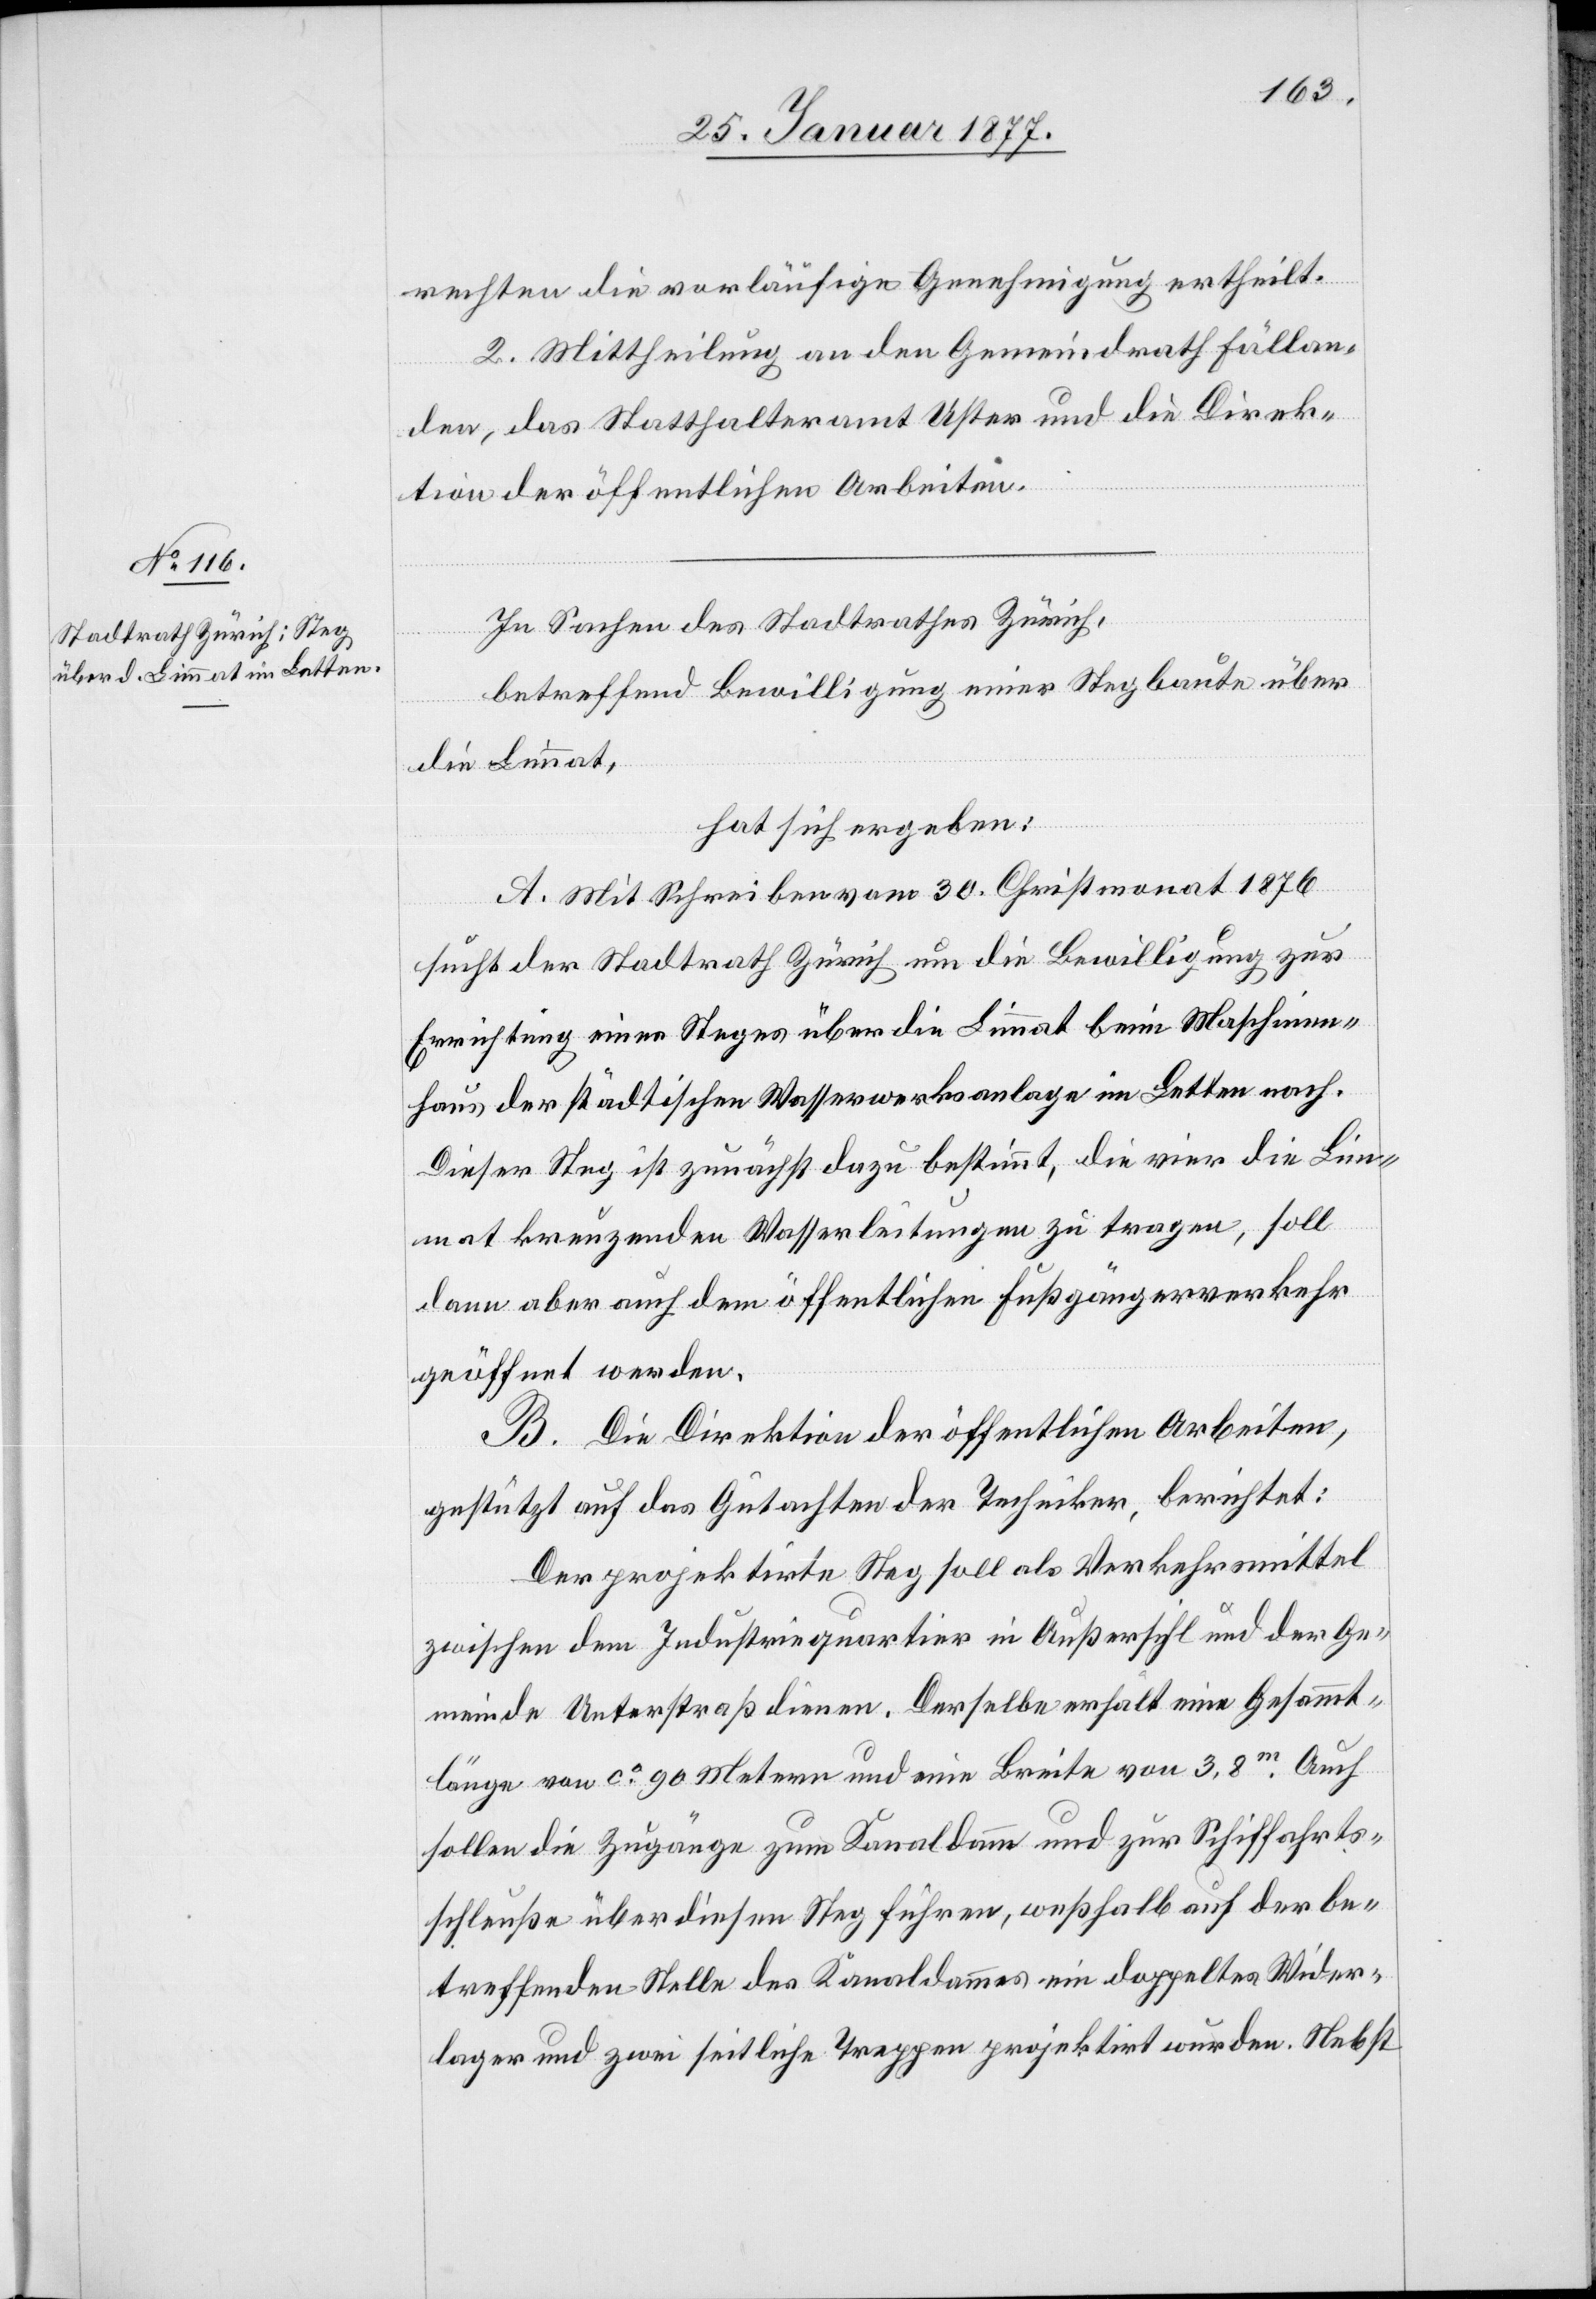
rechten die vorläufige Genehmigung ertheilt.
2. Mittheilung an den Gemeindrath Fällan¬
den, das Statthalteramt Uster und die Direk¬
tion der öffentlichen Arbeiten.
In Sachen des Stadtrathes Zürich,
betreffend Bewilligung einer Stegbaute über
die Limmat,
hat sich ergeben:
A. Mit Schreiben vom 30. Christmonat 1876
sucht der Stadtrath Zürich um die Bewilligung zur
Errichtung eines Steges über die Limmat beim Maschinen¬
haus der städtischen Wasserwerksanlage im Letten nach.
Dieser Steg ist zunächst dazu bestimmt, die vier die Lim¬
mat kreuzenden Wasserleitungen zu tragen, soll
dann aber auch dem öffentlichen Fußgängerverkehr
geöffnet werden.
B. Die Direktion der öffentlichen Arbeiten,
gestützt auf das Gutachten der Techniker, berichtet:
Der projektirte Steg soll als Verkehrsmittel
zwischen dem Industriequartier in Außersihl und der Ge¬
meinde Unterstraß dienen. Derselbe erhält eine Gesammt¬
länge von ca 90 Metern und eine Breite von 3,8m. Auch
sollen die Zugänge zum Kanaldamm und zur Schiffahrts¬
schleuße über diesen Steg führen, weßhalb auf der be¬
treffenden Stelle des Kanaldammes ein doppeltes Wider¬
lager und zwei seitliche Treppen projektirt wurden. Nebst